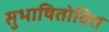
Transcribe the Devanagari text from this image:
सुभाषितोक्ति